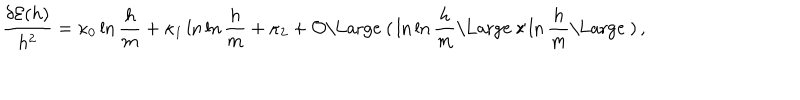
LaTeX: { \frac { \delta { \cal E } ( h ) } { h ^ { 2 } } } = \kappa _ { 0 } \ln { \frac { h } { m } } + \kappa _ { 1 } \ln \ln { \frac { h } { m } } + \kappa _ { 2 } + { \cal O } { \mathrm { \Large ~ ( } } \ln \ln { \frac { h } { m } } { \mathrm { \Large ~ / } } \ln { \frac { h } { m } } { \mathrm { \Large ~ ) } } \, ,